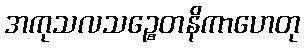
အကုသလသဉ္စေတနိကာဟေတု